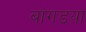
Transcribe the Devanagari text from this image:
बांगडय़ा